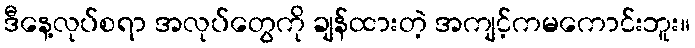
ဒီနေ့လုပ်စရာ အလုပ်တွေကို ချန်ထားတဲ့ အကျင့်ကမကောင်းဘူး။